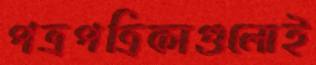
পত্রপত্রিকাগুলোই